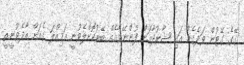
ގޭގެ ގޭޓުން ވަދެގެން އައި ޝާރުދާއަށް ފުންނޭވާއެއް ބޭރުކޮށްލެވުނީ އަމިއްލަ ގެއަށް އާދެވުނީތީ